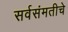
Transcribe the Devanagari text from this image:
सर्वसंमतीचे